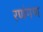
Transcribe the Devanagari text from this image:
रणंगण